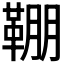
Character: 𩋒